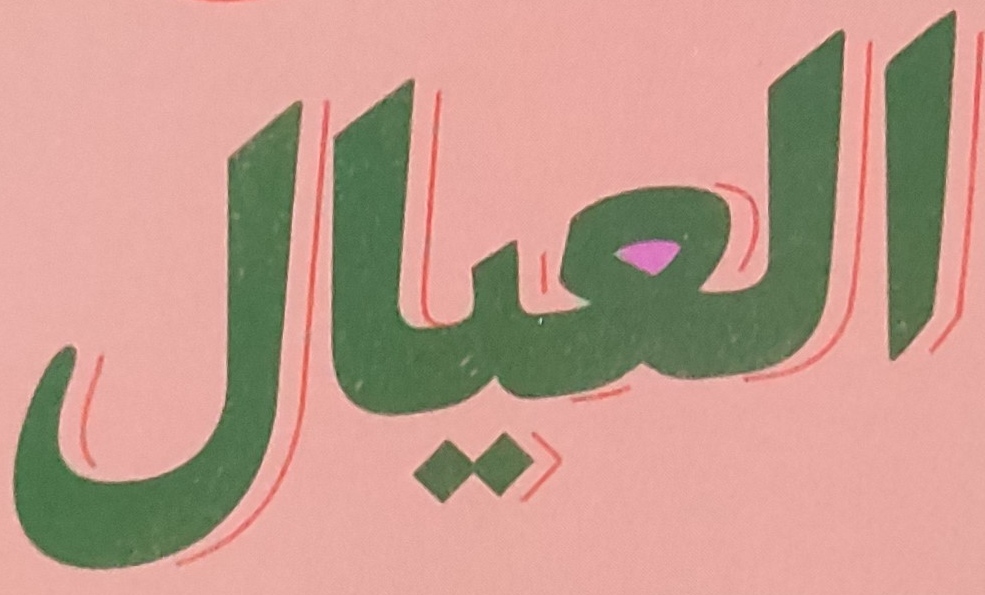
العيال